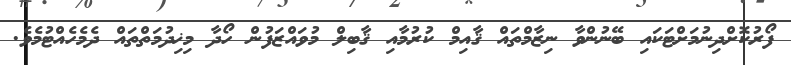
ފޯރުކޮށްދިނުމަށްޓަކައި ބޭނުންވާ ނިޒާމްތައް ޤާއިމް ކުރުމާއި ޤާބިލް މުވައްޒަފުން ހޯދާ މިޚިދުމަތްތައް ދެމެހެއްޓުމެވެ.